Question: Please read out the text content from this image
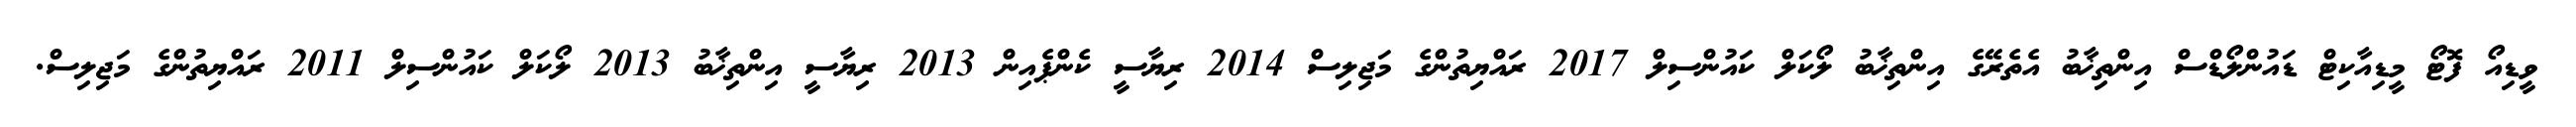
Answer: ވީޑިއޯ ފޮޓޯ މީޑިއާކިޓް ޑައުންލޯޑްސް އިންތިޚާބު އެތެރޭގެ އިންތިޚާބު ލޯކަލް ކައުންސިލް 2017 ރައްޔިތުންގެ މަޖިލިސް 2014 ރިޔާސީ ކެންޕެއިން 2013 ރިޔާސީ އިންތިޚާބު 2013 ލޯކަލް ކައުންސިލް 2011 ރައްޔިތުންގެ މަޖިލިސް.